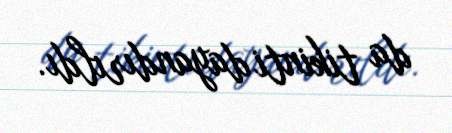
da tikinti dayandırıldı.